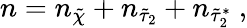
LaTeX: n=n_{\tilde{\chi}}+n_{\tilde{\tau}_{2}}+n_{\tilde{\tau}_{2}^{\ast}}~,